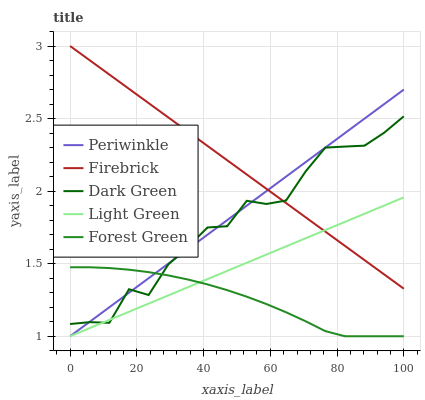
| xaxis_label | Periwinkle | Firebrick | Dark Green | Light Green | Forest Green |
 | --- | --- | --- | --- | --- | --- |
 | 0 | 1 | 3 | 1.08 | 1 | 1.48 |
 | 5.88 | 1.1 | 2.9 | 1.1 | 1.06 | 1.48 |
 | 11.8 | 1.2 | 2.8 | 1.09 | 1.11 | 1.47 |
 | 17.6 | 1.3 | 2.7 | 1.32 | 1.17 | 1.46 |
 | 23.5 | 1.4 | 2.61 | 1.28 | 1.23 | 1.44 |
 | 29.4 | 1.5 | 2.51 | 1.49 | 1.28 | 1.42 |
 | 35.3 | 1.6 | 2.41 | 1.62 | 1.34 | 1.39 |
 | 41.2 | 1.7 | 2.31 | 1.75 | 1.39 | 1.36 |
 | 47.1 | 1.8 | 2.21 | 1.76 | 1.45 | 1.32 |
 | 52.9 | 1.9 | 2.11 | 1.93 | 1.51 | 1.27 |
 | 58.8 | 2 | 2.02 | 1.91 | 1.56 | 1.22 |
 | 64.7 | 2.1 | 1.92 | 1.94 | 1.62 | 1.17 |
 | 70.6 | 2.2 | 1.82 | 2.14 | 1.68 | 1.1 |
 | 76.5 | 2.3 | 1.72 | 2.3 | 1.73 | 1.04 |
 | 82.4 | 2.4 | 1.62 | 2.31 | 1.79 | 1 |
 | 88.2 | 2.5 | 1.52 | 2.31 | 1.84 | 1 |
 | 94.1 | 2.6 | 1.43 | 2.4 | 1.9 | 1 |
 | 100 | 2.7 | 1.33 | 2.52 | 1.96 | 1 |